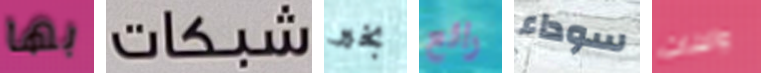
بها شبكات بخير رائع سوداء والبنات